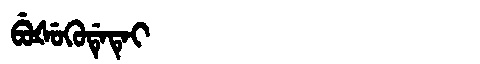
Manchu: ᠪᡠᡧᡠᡴᡠᡩᡝᡨᡝᡳ
Romanization: BUŠUKUDETEI